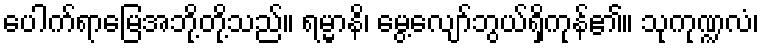
ပေါက်ရာမြေအဘို့တို့သည်။ ရမ္မာနိ၊ မွေ့လျော်ဘွယ်ရှိကုန်၏။ သုကုဏ္ဍလံ၊